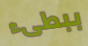
ببطىء